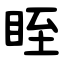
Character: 眰